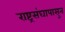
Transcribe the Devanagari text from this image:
राष्ट्रसंघापासुन